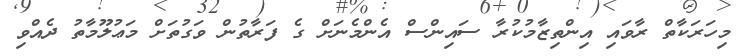
މިހަރަކާތް ރާވައި އިންތިޒާމުކުރާ ސައިންސް އެންމެނަށް ގެ ފަރާތުން ވަގުތަށް މަޢުލޫމާތު ދެއްވި